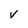
Character: V